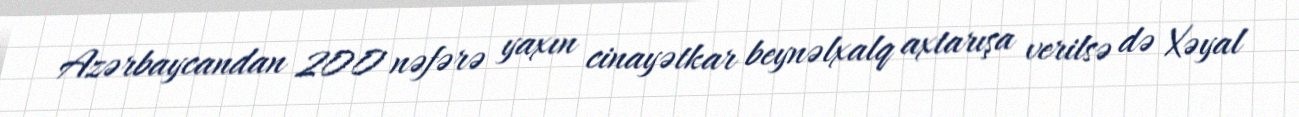
Azərbaycandan 200 nəfərə yaxın cinayətkar beynəlxalq axtarışa verilsə də Xəyal